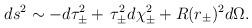
LaTeX: \begin{align*}ds^2 \sim - d\tau_\pm^2 + \,\tau_\pm^2 d\chi_\pm^2 + R(r_\pm)^2 d\Omega.\end{align*}